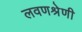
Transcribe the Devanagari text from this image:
लवणश्रेणी